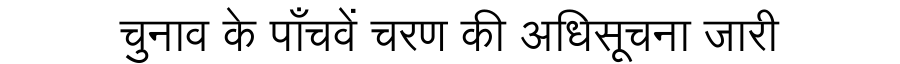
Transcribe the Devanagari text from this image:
चुनाव के पाँचवें चरण की अधिसूचना जारी